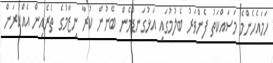
ހަމައެހެންމެ މަސައްކަތު ފެންވަރު ބެލުމުގައި އަޅުގަނޑުމެން ބޭނުން ކުރާ ނިޒާމުގެ ތެރެއިން އެއްކުރަން